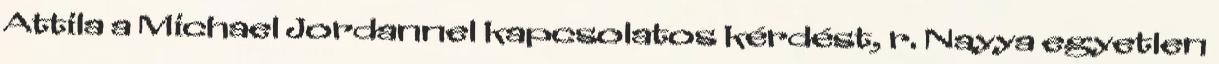
Attila a Michael Jordannel kapcsolatos kérdést, r. Nayya egyetlen